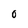
Character: O